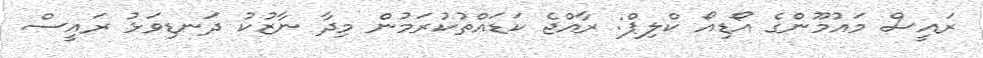
ރައީސް މައުމޫންގެ އޯޑިއޯ ކްލިޕް: ރާއްޖެ ކަޑައްތުކުރަމުން މިދާ ނާޒުކު ދަނޑިވަޅު ރައީސް